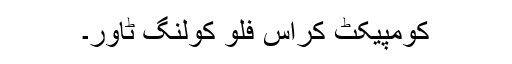
کومپیکٹ کراس فلو کولنگ ٹاور۔